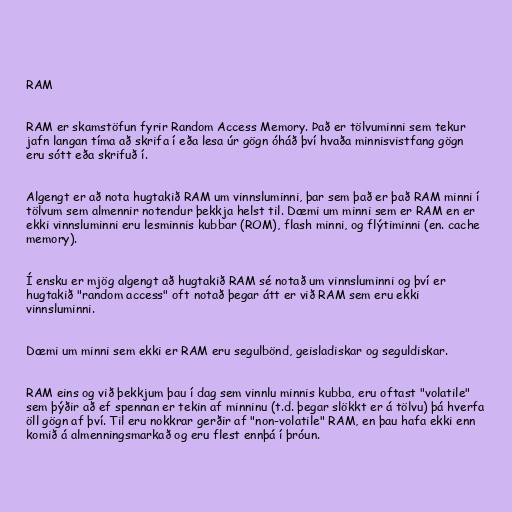
RAM

RAM er skamstöfun fyrir Random Access Memory. Það er tölvuminni sem tekur
jafn langan tíma að skrifa í eða lesa úr gögn óháð því hvaða minnisvistfang gögn
eru sótt eða skrifuð í.

Algengt er að nota hugtakið RAM um vinnsluminni, þar sem það er það RAM minni í
tölvum sem almennir notendur þekkja helst til. Dæmi um minni sem er RAM en er
ekki vinnsluminni eru lesminnis kubbar (ROM), flash minni, og flýtiminni (en. cache
memory).

Í ensku er mjög algengt að hugtakið RAM sé notað um vinnsluminni og því er
hugtakið "random access" oft notað þegar átt er við RAM sem eru ekki
vinnsluminni.

Dæmi um minni sem ekki er RAM eru segulbönd, geisladiskar og seguldiskar.

RAM eins og við þekkjum þau í dag sem vinnlu minnis kubba, eru oftast "volatile"
sem þýðir að ef spennan er tekin af minninu (t.d. þegar slökkt er á tölvu) þá hverfa
öll gögn af því. Til eru nokkrar gerðir af "non-volatile" RAM, en þau hafa ekki enn
komið á almenningsmarkað og eru flest ennþá í þróun.